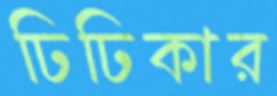
ঢিঢিকার